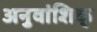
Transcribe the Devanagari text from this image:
अनुवांशिक्